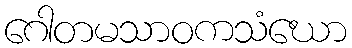
ဂေါတမသာဝကသံဃော